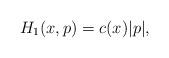
LaTeX: \begin{align*}H_1(x,p)=c(x)|p|,\end{align*}